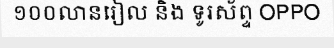
១០០លានរៀល និង ទូរស័ព្ទ OPPO